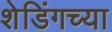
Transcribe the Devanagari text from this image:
शेडिंगच्या